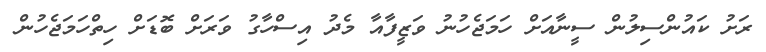
ރަށު ކައުންސިލުން ސީނާއަށް ހަމަޖެހުނު ވަޒީފާއާ މެދު އިސްހާގު ވަރަށް ބޮޑަށް ހިތްހަމަޖެހުން